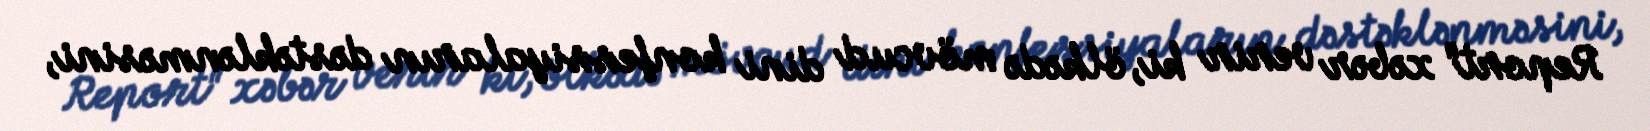
Report" xəbər verir ki, ölkədə mövcud dini konfessiyaların dəstəklənməsini,